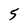
Character: 5